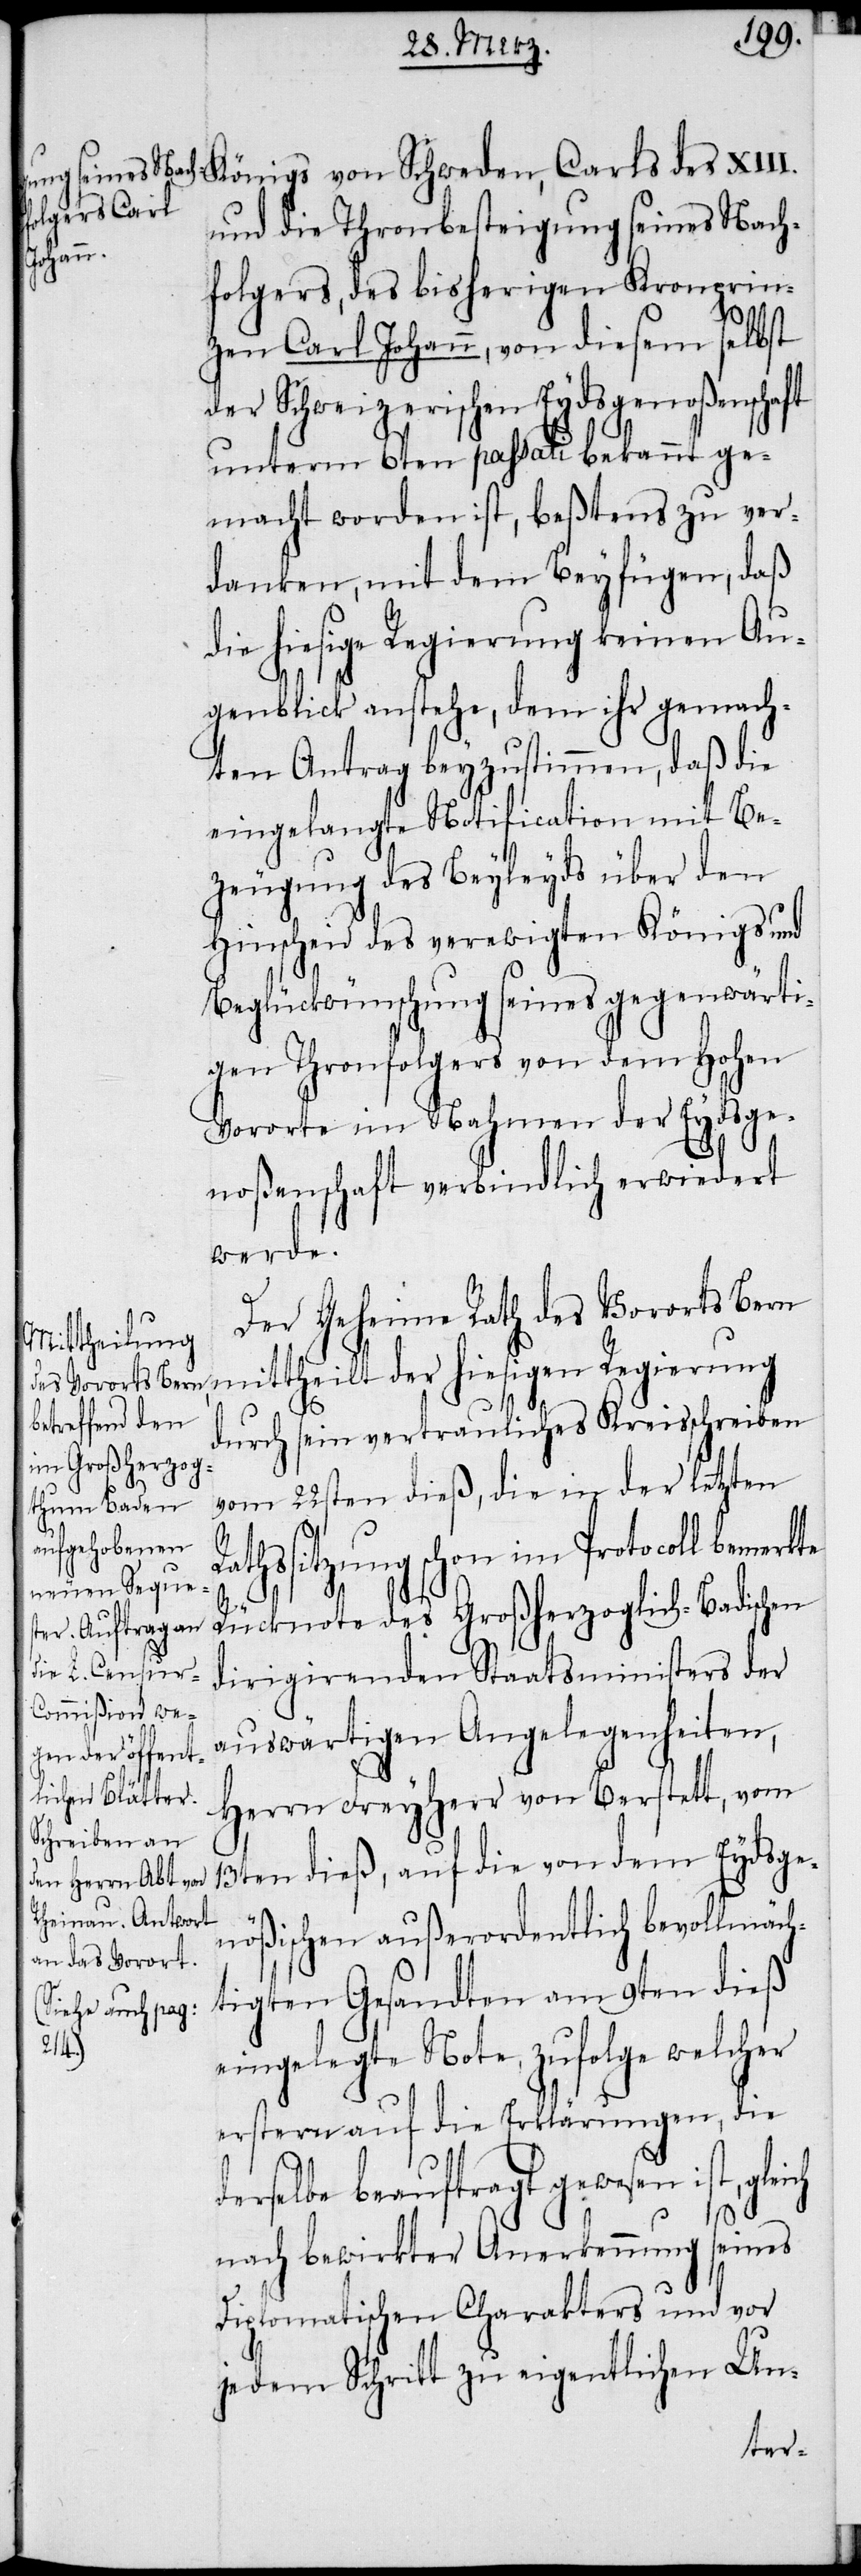
Königs von Schweden, Carls des XIII.
und die Thronbesteigung seines Nach¬
Geheime
folgers, des bisherigen Kronprin¬
zen Carl Johann, von diesem selbst
der Schweizerischen Eydsgenoßenschaft
unterm 6ten passati bekannt ge¬
macht worden ist, beßtens zu ver¬
danken, mit dem Beyfügen, daß
die hiesige Regierung keinen Au¬
genblick anstehe, dem ihr gemach¬
ten Antrag beyzustimmen, daß die
eingelangte Notification mit Be¬
zeugung des Beyleyds über den
Hinscheid des verewigten Königs und
Beglückwünschung seines gegenwärti¬
gen Thronfolgers von dem Hohen
Vororte im Nahmen der Eydsge¬
noßenschaft verbindlich erwiedert
werde.
des Vororts Bern mittheilt der hiesigen Regierung
durch sein vertrauliches Kreisschreiben
vom 22sten dieß, die in der letzten
athssitzung schon im Protocoll bemerkte
R¬
Rücknote des Großherzoglich-Badischen
dirigirenden Staatsministers der
auswärtigen Angelegenheiten,
Herrn Freyherr von Berstett, vom
13ten dieß, auf die von dem Eydsge¬
nößisch außerordentlich bevollmäch¬
tigten Gesandten am 9ten dieß
eingelegte Note, zufolge welcher
erstern auf die Erklärungen, die
derselbe beauftragt gewesen ist,
nach bewirkter Anerkennung seines
Diplomatischen Charakters und vor
jedem Schritt zu eigentlichen Un-